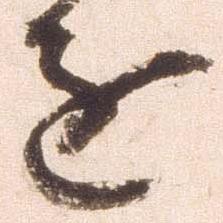
進